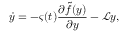
\dot { y } = - \varsigma ( t ) \frac { \partial \tilde { f } ( y ) } { \partial y } - \mathcal { L } y ,